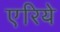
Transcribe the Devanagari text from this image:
एरिये